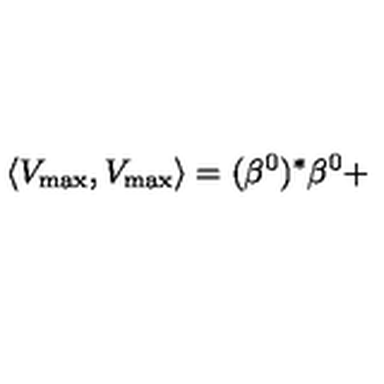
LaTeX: \left\langle V _ { \max } , V _ { \max } \right\rangle = ( \beta ^ { 0 } ) ^ { * } \beta ^ { 0 } +